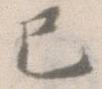
已